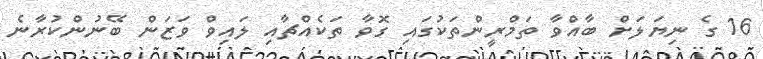
16 ގެ ނިޔަލަށް ބާއްވާ ތަމްރީންތަކުގައި ގޮވާ ތަކެއްޗާއި ލައިވް ވަޒަން ބޭނުންކުރާނެ